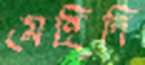
মেহিদি